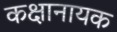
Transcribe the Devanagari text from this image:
कक्षानायक